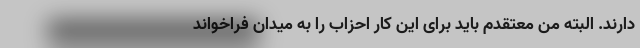
دارند. البته من معتقدم باید برای این کار احزاب را به میدان فراخواند